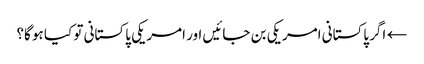
← اگر پاکستانی امریکی بن جائیں اور امریکی پاکستانی تو کیا ہو گا؟